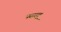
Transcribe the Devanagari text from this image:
पसरवू